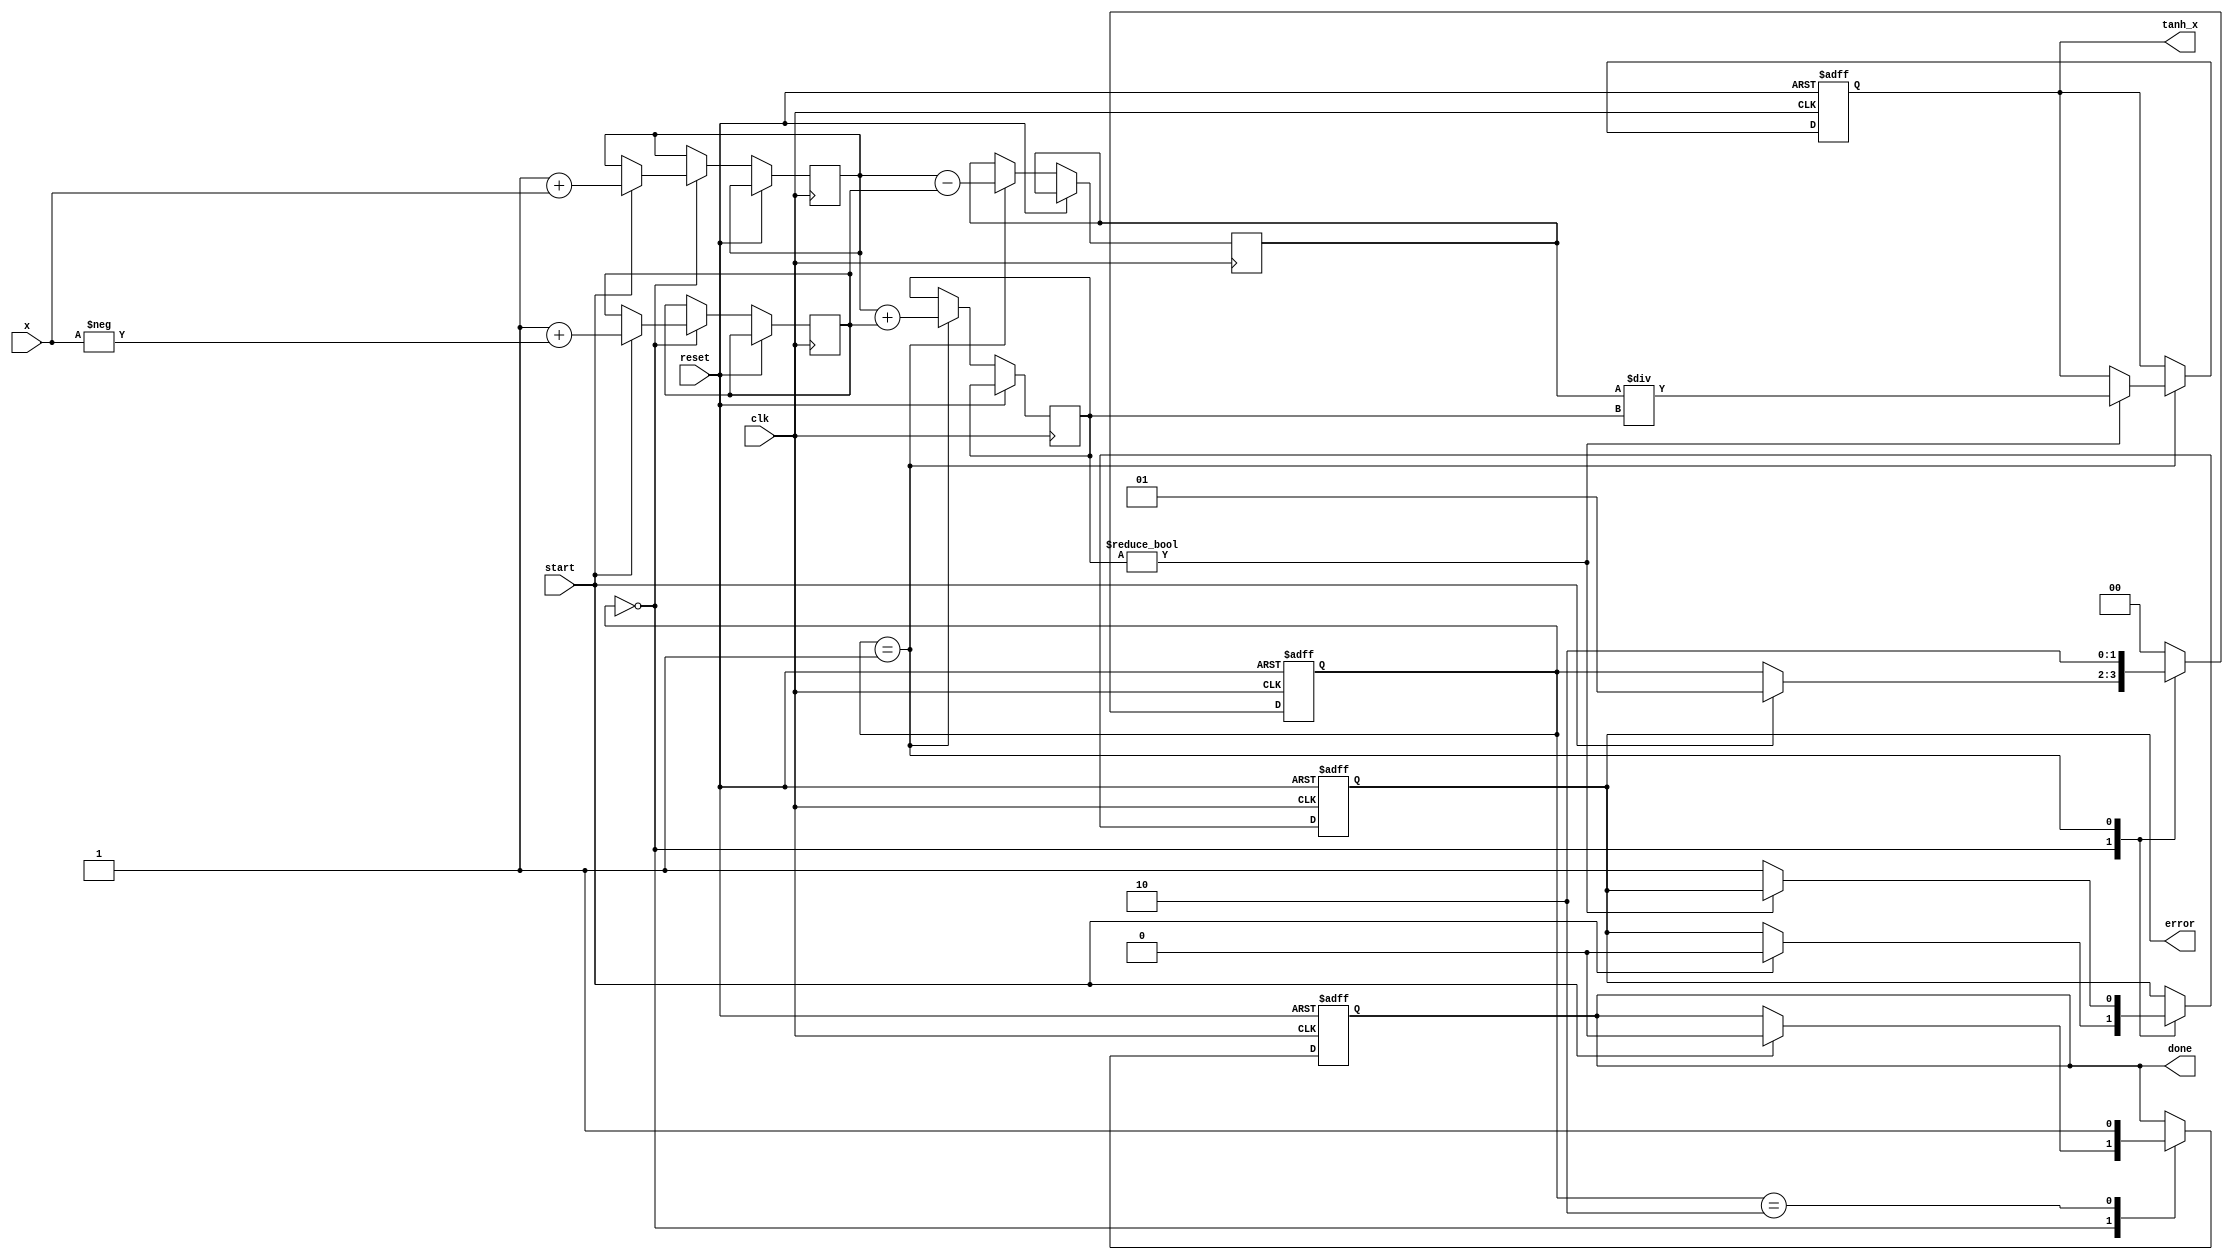
module tanh_block (
    input wire clk,
    input wire reset,
    input wire start,
    input wire [15:0] x, // Fixed-point input (e.g., 16-bit signed)
    output reg [15:0] tanh_x, // Fixed-point output (e.g., 16-bit signed)
    output reg done,
    output reg error
);

    // Internal signals
    reg [15:0] exp_x;
    reg [15:0] exp_neg_x;
    reg [15:0] numerator;
    reg [15:0] denominator;
    reg [1:0] state;
    
    // State encoding
    localparam IDLE = 2'b00,
               COMPUTE = 2'b01,
               OUTPUT = 2'b10;

    // Simple exponentiation function (for demonstration purposes)
    function [15:0] exp_func(input [15:0] value);
        // This is a placeholder for an actual exponentiation implementation
        // For simplicity, we will use a linear approximation
        exp_func = 16'h0001 + value; // e^x ~ 1 + x (very rough approximation)
    endfunction

    // State machine
    always @(posedge clk or posedge reset) begin
        if (reset) begin
            state <= IDLE;
            tanh_x <= 16'b0;
            done <= 1'b0;
            error <= 1'b0;
        end else begin
            case (state)
                IDLE: begin
                    if (start) begin
                        exp_x <= exp_func(x);
                        exp_neg_x <= exp_func(-x);
                        state <= COMPUTE;
                        done <= 1'b0;
                        error <= 1'b0;
                    end
                end
                
                COMPUTE: begin
                    numerator <= exp_x - exp_neg_x;
                    denominator <= exp_x + exp_neg_x;
                    if (denominator != 0) begin
                        tanh_x <= numerator / denominator; // Fixed-point division
                        state <= OUTPUT;
                    end else begin
                        error <= 1'b1; // Division by zero error
                        state <= OUTPUT;
                    end
                end
                
                OUTPUT: begin
                    done <= 1'b1;
                    state <= IDLE;
                end
                
                default: state <= IDLE;
            endcase
        end
    end

endmodule